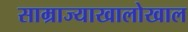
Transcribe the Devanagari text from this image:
साम्राज्याखालोखाल